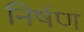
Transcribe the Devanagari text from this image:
निर्षण